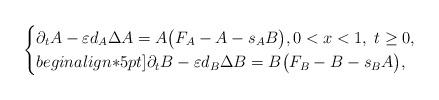
LaTeX: \begin{align*}\begin{cases} \partial_t A-\varepsilon d_A\Delta A = A\big(F_A-A-s_{A}B\big), 0 < x < 1, \; t \geq 0, \\begin{align*}5pt] \partial_t B-\varepsilon d_B\Delta B = B\big(F_B-B-s_{B}A\big),\end{cases}\end{align*}